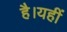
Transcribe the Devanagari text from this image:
है।यहीं